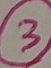
Text: 3